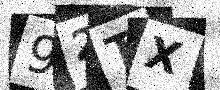
Text: 92TX